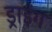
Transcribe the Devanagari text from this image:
ड्राइंंग